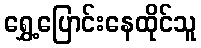
ရွှေ့ပြောင်းနေထိုင်သူ